Lunatic asylums in Bengal annual reports 1899-1911 - 1899-1911
Year: 1899
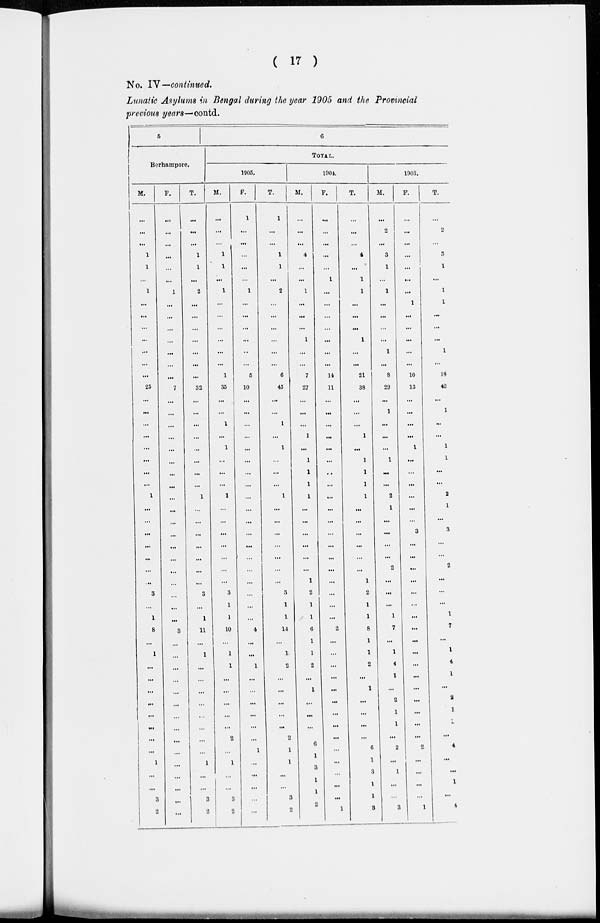
( 17 )
No. IV—continued.
Lunatic Asylums in Bengal during the year 1905 and the Provincial
previous years—contd.
5
Berhampore.
M.
...
...
...
1
1
...
1
...
...
...
...
...
...
...
25
...
...
...
...
...
...
...
...
1
...
...
...
...
...
...
...
3
...
1
8
...
1
...
...
...
...
...
...
...
...
1
...
...
3
2
F.
...
...
...
...
...
...
1
...
...
...
...
...
...
...
7
...
...
...
...
...
...
...
...
...
...
...
...
...
...
...
...
...
...
...
3
...
...
...
...
...
...
...
...
...
...
...
...
...
...
...
T.
...
...
...
1
1
...
2
...
...
...
...
...
...
...
32
...
...
...
...
...
...
...
...
1
...
...
...
...
...
...
...
3
...
1
11
...
1
...
...
...
...
...
...
...
...
1
...
...
3
2
6
TOTAL.
1905.
M.
...
...
...
1
1
...
1
...
...
...
...
...
...
1
35
...
...
1
...
1
...
...
...
1
...
...
...
...
...
...
...
3
1
1
10
...
1
1
...
...
...
...
...
2
...
1
...
...
3
2
F.
1
...
...
...
...
...
1
...
...
...
...
...
...
5
10
...
...
...
...
...
...
...
...
...
...
...
...
...
...
...
...
...
...
...
4
...
...
1
...
...
...
...
...
...
1
...
...
...
...
...
T.
1
...
...
1
1
...
2
...
...
...
...
...
...
6
45
...
...
1
...
1
...
...
...
1
...
...
...
...
...
...
...
3
1
1
14
...
1
2
...
...
...
...
...
2
1
1
...
...
3
2
1904.
M.
...
...
...
4
...
...
1
...
...
...
1
...
...
7
27
...
...
...
1
...
1
1
1
1
...
...
...
...
...
...
1
2
1
1
6
1
1
2
...
1
...
...
...
6
1
3
1
1
2
F.
...
...
...
...
...
1
...
...
...
...
...
...
...
14
11
...
...
...
...
...
...
...
...
...
...
...
...
...
...
...
...
...
...
...
2
...
...
...
...
...
...
...
...
...
...
...
...
...
...
1
T.
...
...
...
4
...
1
1
...
...
...
1
...
...
21
38
...
...
...
1
...
1
1
1
1
...
...
...
...
...
...
1
2
1
1
8
1
1
2
...
1
...
...
...
...
6
1
3
1
1
3
1903.
M.
...
2
...
3
1
...
1
...
...
...
...
1
...
8
29
...
1
...
...
...
1
...
...
2
1
...
...
...
...
2
...
...
...
1
7
...
1
4
1
...
2
1
1
...
2
...
1
...
...
3
F.
...
...
...
...
...
...
...
1
...
...
...
...
...
10
13
...
...
...
...
1
...
...
...
...
...
...
3
...
...
...
...
...
...
...
...
...
...
...
...
...
...
...
...
...
2
...
...
...
...
1
T.
...
2
...
3
1
...
1
1
...
...
...
1
...
18
42
...
1
...
...
1
1
...
...
2
1
...
3
...
...
2
...
...
...
1
7
...
1
4
1
...
2
1
1
...
4
...
1
1
...
4